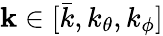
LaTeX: \mathbf{k}\in[\bar{k},k_{\theta},k_{\phi}]